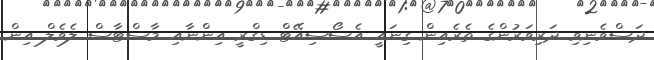
ދަސްވެނިވި ދަރިވަރުންގެ ތެރެއިން ގިނައީ އެސޯސިއޭޓް ޑިގްރީ އިންނާއި މާސްޓާސް ލެވެލް އިން